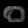
Digit: ၀